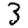
Digit: 3